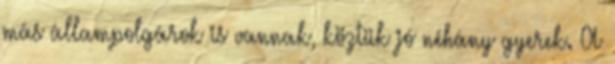
más állampolgárok is vannak, köztük jó néhány gyerek. A